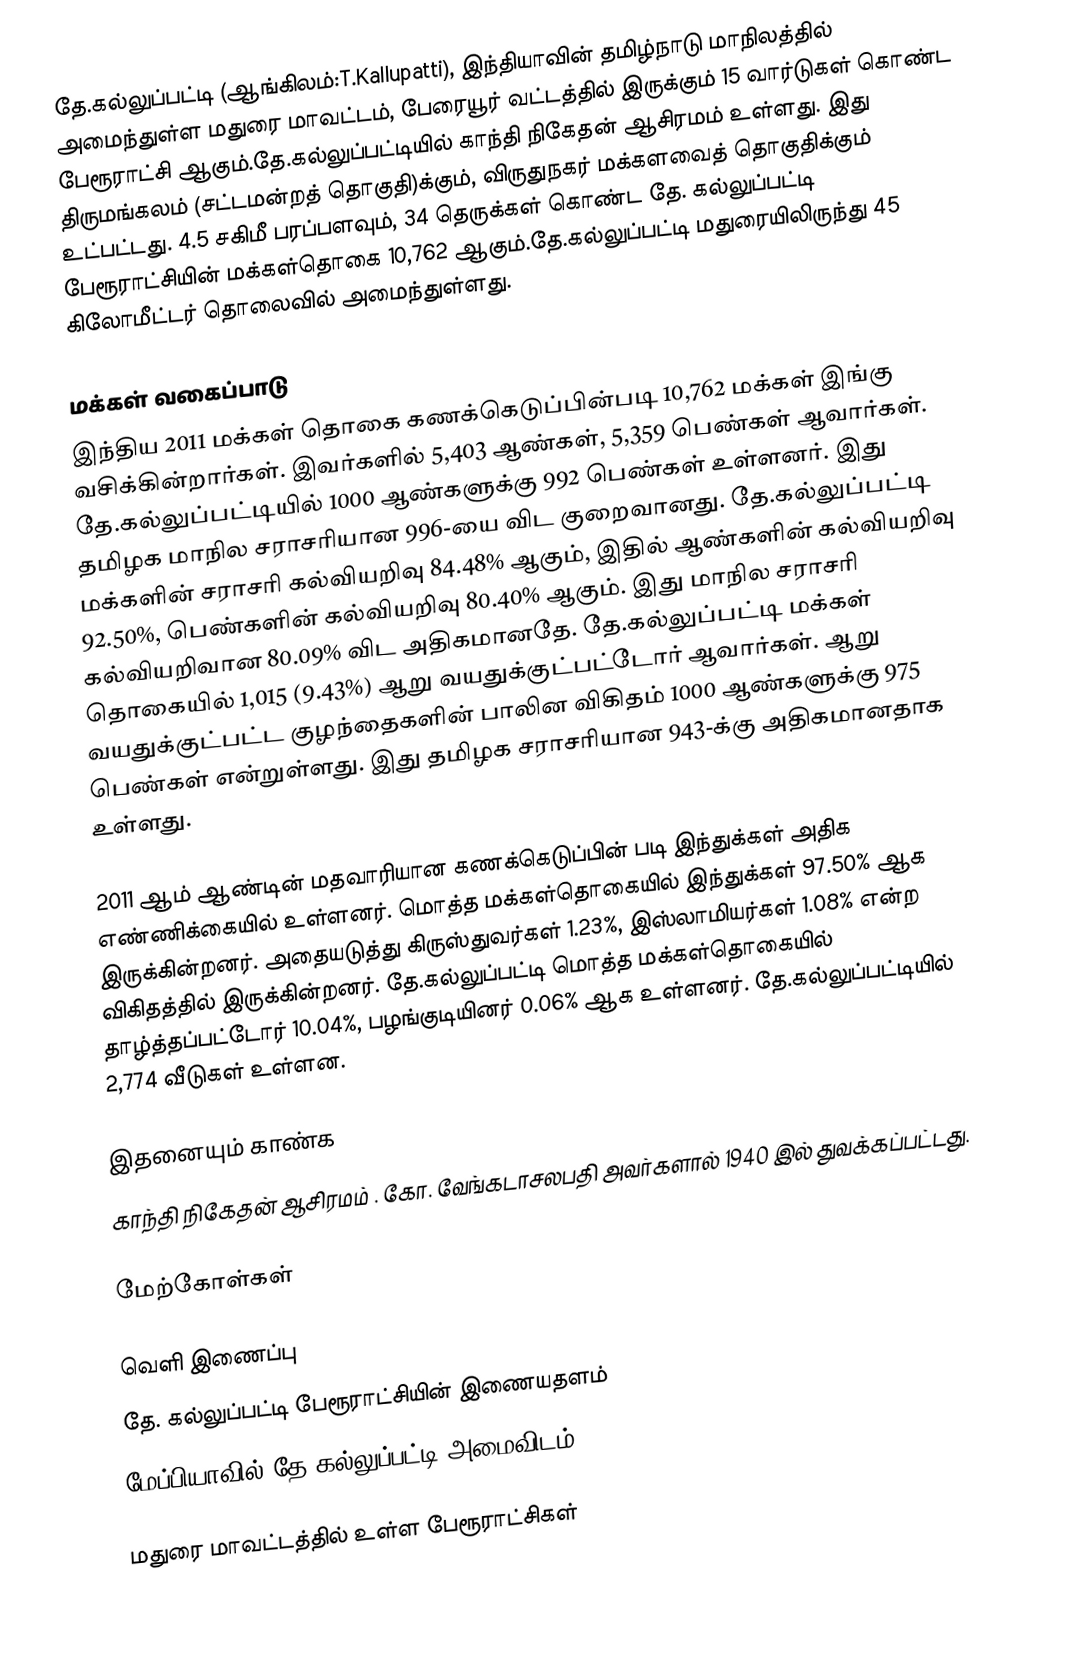
தே.கல்லுப்பட்டி (ஆங்கிலம்:T.Kallupatti), இந்தியாவின் தமிழ்நாடு மாநிலத்தில் அமைந்துள்ள மதுரை மாவட்டம், பேரையூர் வட்டத்தில் இருக்கும் 15 வார்டுகள் கொண்ட பேரூராட்சி ஆகும்.தே.கல்லுப்பட்டியில் காந்தி நிகேதன் ஆசிரமம் உள்ளது. இது திருமங்கலம் (சட்டமன்றத் தொகுதி)க்கும், விருதுநகர் மக்களவைத் தொகுதிக்கும் உட்பட்டது. 4.5 சகிமீ பரப்பளவும், 34 தெருக்கள் கொண்ட தே. கல்லுப்பட்டி பேரூராட்சியின் மக்கள்தொகை 10,762 ஆகும்.தே.கல்லுப்பட்டி மதுரையிலிருந்து 45 கிலோமீட்டர் தொலைவில் அமைந்துள்ளது.

மக்கள் வகைப்பாடு
இந்திய 2011 மக்கள் தொகை கணக்கெடுப்பின்படி 10,762 மக்கள் இங்கு வசிக்கின்றார்கள். இவர்களில் 5,403 ஆண்கள், 5,359 பெண்கள் ஆவார்கள். தே.கல்லுப்பட்டியில் 1000 ஆண்களுக்கு 992 பெண்கள் உள்ளனர். இது தமிழக மாநில சராசரியான 996-யை விட குறைவானது. தே.கல்லுப்பட்டி மக்களின் சராசரி கல்வியறிவு 84.48% ஆகும், இதில் ஆண்களின் கல்வியறிவு 92.50%, பெண்களின் கல்வியறிவு 80.40% ஆகும். இது மாநில சராசரி கல்வியறிவான 80.09% விட அதிகமானதே. தே.கல்லுப்பட்டி மக்கள் தொகையில் 1,015 (9.43%) ஆறு வயதுக்குட்பட்டோர் ஆவார்கள். ஆறு வயதுக்குட்பட்ட குழந்தைகளின் பாலின விகிதம் 1000 ஆண்களுக்கு 975 பெண்கள் என்றுள்ளது. இது தமிழக சராசரியான 943-க்கு அதிகமானதாக உள்ளது.

2011 ஆம் ஆண்டின் மதவாரியான கணக்கெடுப்பின் படி இந்துக்கள் அதிக எண்ணிக்கையில் உள்ளனர். மொத்த மக்கள்தொகையில் இந்துக்கள் 97.50% ஆக இருக்கின்றனர். அதையடுத்து கிருஸ்துவர்கள் 1.23%,  இஸ்லாமியர்கள் 1.08% என்ற விகிதத்தில் இருக்கின்றனர். தே.கல்லுப்பட்டி மொத்த மக்கள்தொகையில் தாழ்த்தப்பட்டோர் 10.04%, பழங்குடியினர் 0.06% ஆக உள்ளனர். தே.கல்லுப்பட்டியில் 2,774 வீடுகள் உள்ளன.

இதனையும் காண்க
 காந்தி நிகேதன் ஆசிரமம் . கோ. வேங்கடாசலபதி அவர்களால் 1940 இல் துவக்கப்பட்டது.

மேற்கோள்கள்

வெளி இணைப்பு
 தே. கல்லுப்பட்டி பேரூராட்சியின் இணையதளம்
 மேப்பியாவில் தே.கல்லுப்பட்டி அமைவிடம்

மதுரை மாவட்டத்தில் உள்ள பேரூராட்சிகள்